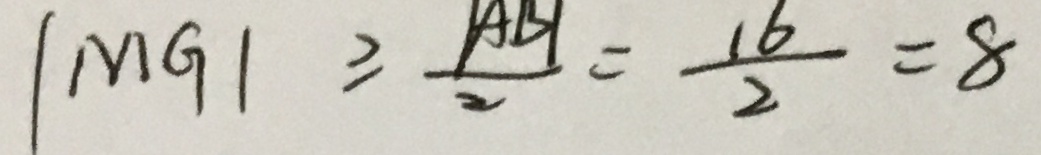
\vert M G \vert \geq \frac { \vert A B \vert } { 2 } = \frac { 1 6 } { 2 } = 8